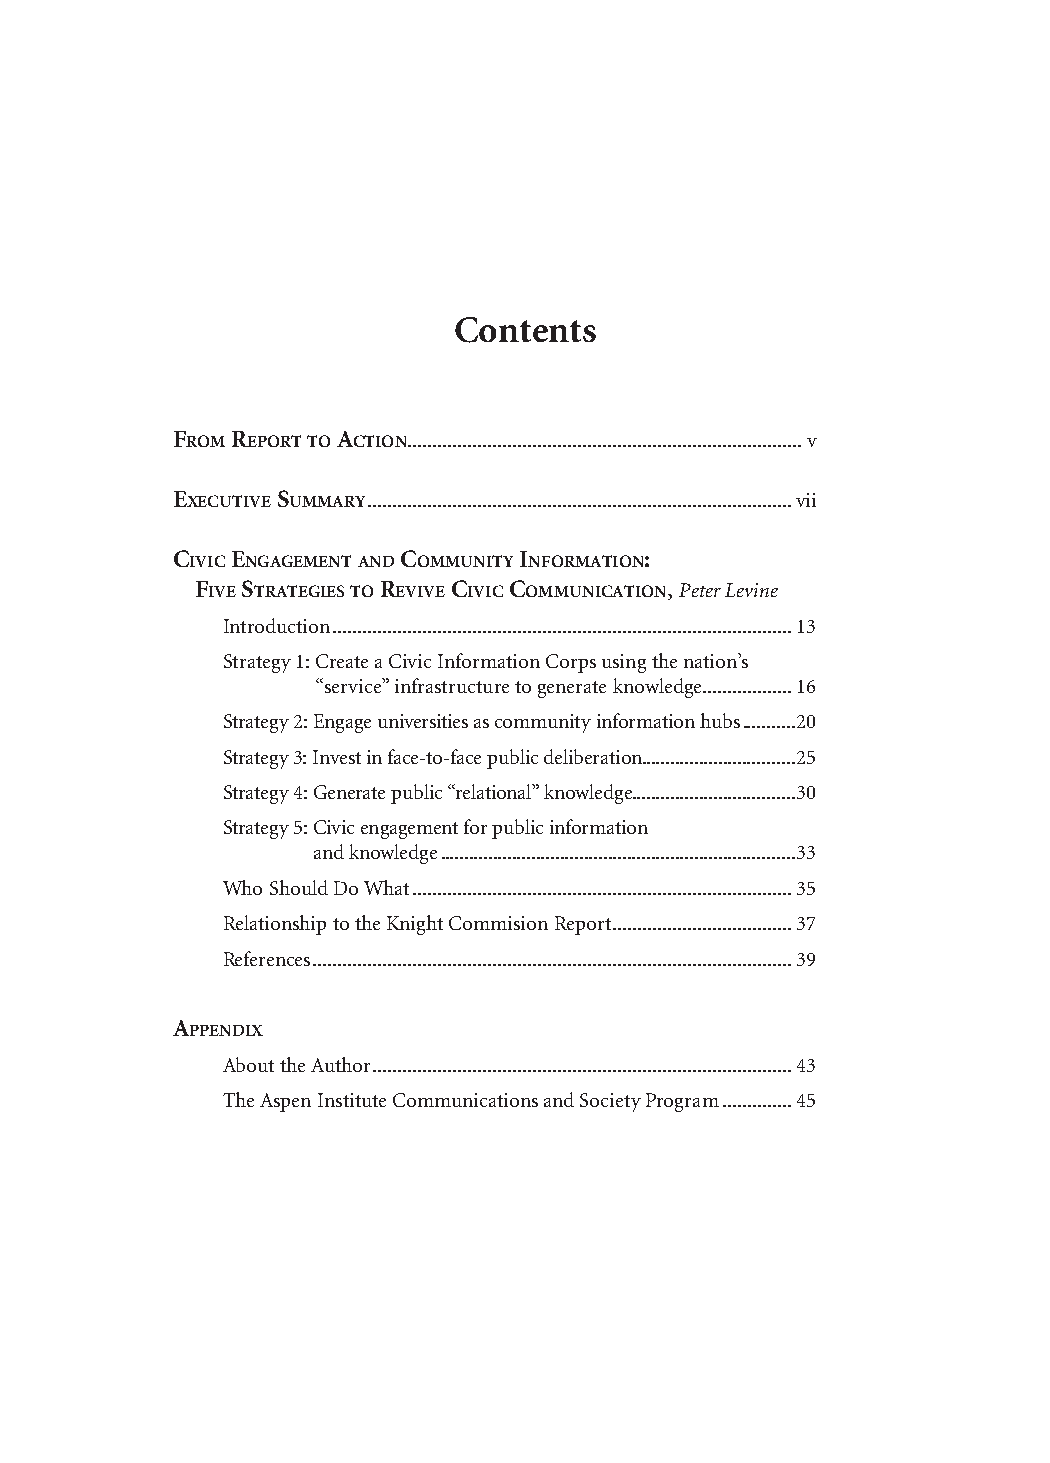
Contents
 From report to Action ...............................................................................v
 executive SummAry .....................................................................................vii
 civic engAgement And community inFormAtion:
 Five StrAtegieS to revive civic communicAtion, Peter Levine
 Introduction ............................................................................................13
 Strategy 1: Create a Civic Information Corps using the nation’s
 “service” infrastructure to generate knowledge ..................16
 Strategy 2: Engage universities as community information hubs ...........20
 Strategy 3: Invest in face-to-face public deliberation................................25
 Strategy 4: Generate public “relational” knowledge ..................................30
 Strategy 5: Civic engagement for public information
 and knowledge ..........................................................................33
 Who Should Do What ............................................................................35
 Relationship to the Knight Commision Report ....................................37
 References ................................................................................................39
 Appendix
 About the Author ....................................................................................43
 The Aspen Institute Communications and Society Program ..............45